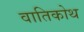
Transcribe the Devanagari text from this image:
वातिकोथ